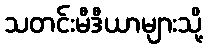
သတင်းမီဒီယာများသို့